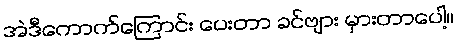
အဲဒီကောက်ကြောင်း ပေးတာ ခင်ဗျား မှားတာပေါ့။